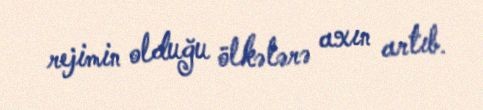
rejimin olduğu ölkələrə axın artıb.